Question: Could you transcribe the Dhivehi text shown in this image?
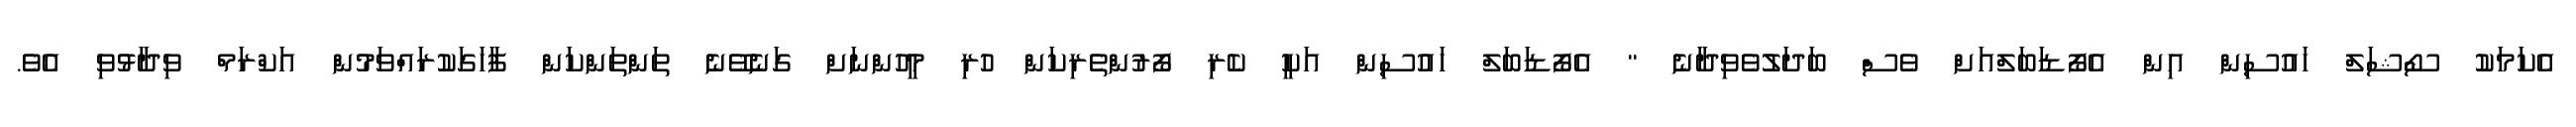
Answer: އެކަމަކު ސޯޝަލް ހައުސިން އިން އެފޯޑަބަލްއަށް ވެސް ބަދަލުވެވިދާނެ " އެފޯޑަބަލް ހައުސިން އަކީ ކެރި ފޯރުންތެރިކަން ހުރި މީހުންނަށް ގަނެވޭނެ ތަންތަންކަން ފާހަގަކުރައްވަމުން އަކްރަމް ވިދާޅުވި އެވެ.